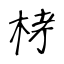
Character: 𣑥